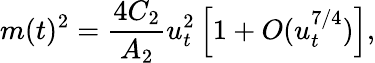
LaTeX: m(t)^{2}={\frac{4C_{2}}{A_{2}}}u_{t}^{2}\left[1+O(u_{t}^{7/4})\right],